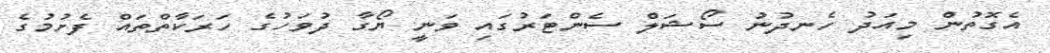
އެގޮތުން މިއަދު ހެނދުނު ސޯޝަލް ސެންޓަރުގައި ވަނީ ޔޯގާ ދުވަހުގެ ހަރަކާތްތައް ފެށުމުގެ